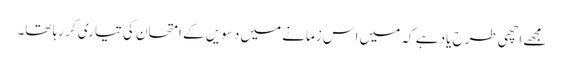
مجھے اچھی طرح یاد ہے کہ میں اس زمانے میں دسویں کے امتحان کی تیاری کر رہا تھا۔